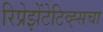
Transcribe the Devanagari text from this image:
रिप्रेझेंटेटिव्ह्सचा